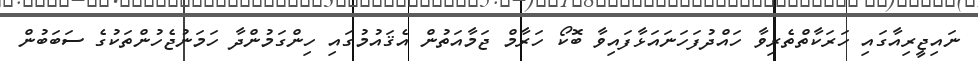
ނައިޖީރިއާގައި ހަރަކާތްތެރިވާ ހައްދުފަހަނައަޅާފައިވާ ބޮކޯ ހަރާމް ޖަމާއަތުން އެޤައުމުގައި ހިންގަމުންދާ ހަމަނުޖެހުންތަކުގެ ސަބަބުން